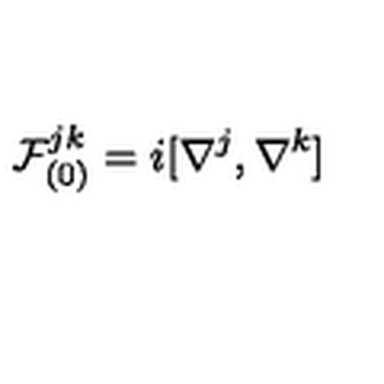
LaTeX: { \cal F } _ { ( 0 ) } ^ { j k } = i [ \nabla ^ { j } , \nabla ^ { k } ]